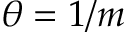
\theta = 1 / m